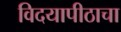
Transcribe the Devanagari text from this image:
विदयापीठाचा